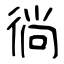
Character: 徜